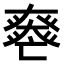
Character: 𡚏